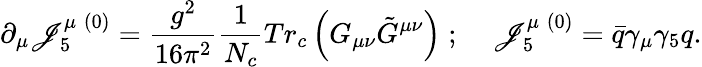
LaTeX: \partial_{\mu}\mathscr{J}_{5}^{\mu\; (0)}=\frac{{g^{2}}}{{16\pi^{2}}}\frac{{1}}{{N_{c}}}Tr_{c}\left({G_{\mu\nu}{\tilde{{G}}}^{\mu\nu}}\right)\; ;\; \; \; \; \mathscr{J}_{5}^{\mu\; (0)}=\bar{{q}}\gamma_{\mu}\gamma_{5}q.